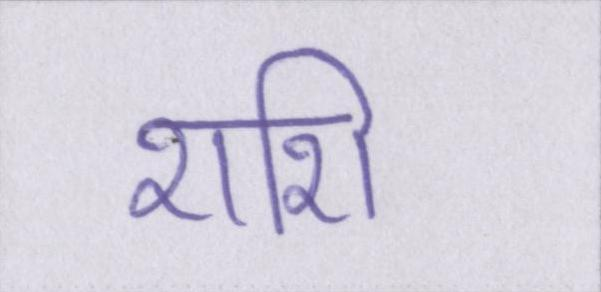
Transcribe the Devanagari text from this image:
शशि